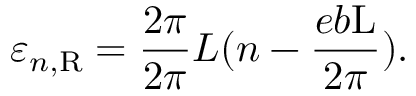
\varepsilon _ { n , \mathrm { R } } = \frac { 2 \pi } { 2 \pi } { L } ( n - \frac { e b \mathrm { L } } { 2 \pi } ) .